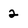
Character: 2